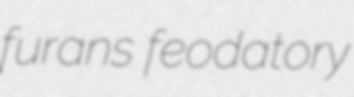
furans feodatory